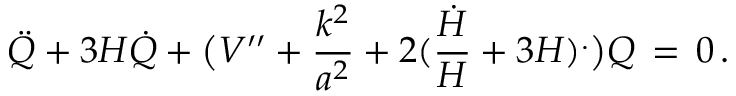
{ \ddot { Q } } + 3 H { \dot { Q } } + \bigl ( V ^ { \prime \prime } + { \frac { k ^ { 2 } } { a ^ { 2 } } } + 2 ( { \frac { \dot { H } } { H } } + 3 H ) ^ { . } \bigr ) Q \, = \, 0 \, .